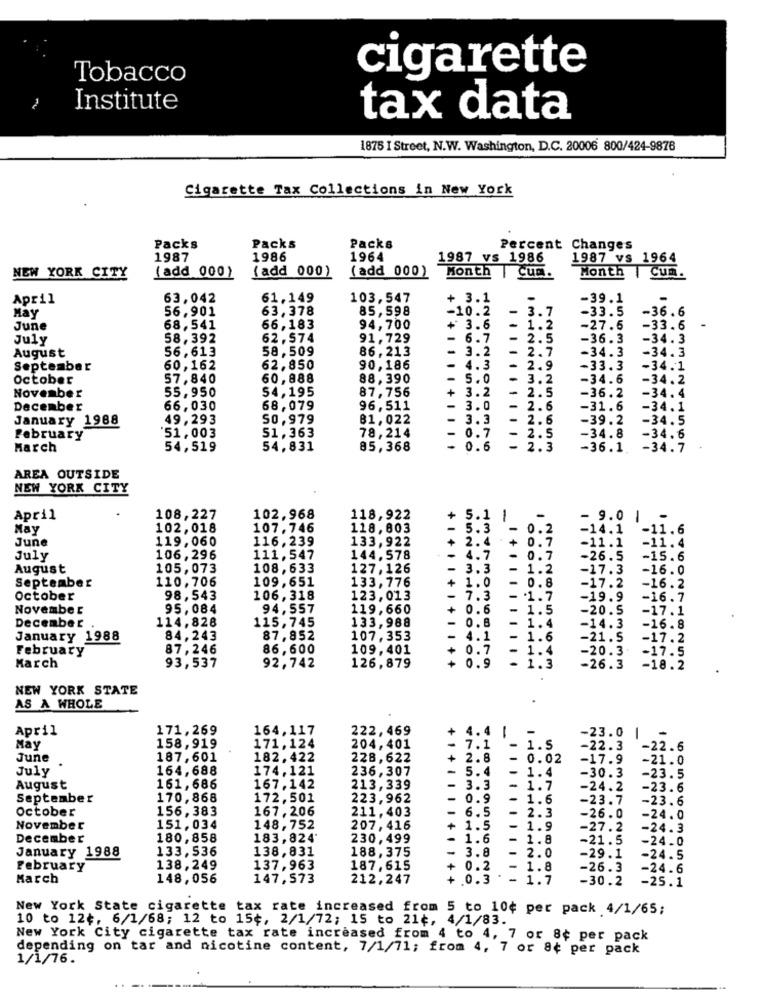
cigarette
Tobacco
Institute
tax data
1875 I Street, N.W. Washington, D.C. 20006 800/424-9876
Cigarette Tax Collections in New York
Packs
Packs
Packs
Percent Changes
1987
1986
1964
1987 vs 1986
1987 vs 1964
(add 000)
(add 000)
NEW YORK CITY
(add 000)
Month
I Cum.
Month | Cum.
April
63,042
61,149
103,547
+ 3.1
-39.1
56.901
63,378
85,598
-10.2
-
3.7
-33.5
-36.6
May
June
68,541
66,183
94,700
+ 3.6
-
1 . 2
-27.6
-33.6
July
58,392
62,574
91,729
. 6.7
-
.. 5
-36.3
-34.3
August
56,613
58,509
86,213
-
3.2
-34.3
-34.3
-
September
60,162
62,850
90,186
-
4.3
2.9
-33.3
-34.1
October
57,840
60,888
88,390
-
5.0
-
1.2
-34.6
-34.2
55,950
54,195
87,756
+
3.2
November
- 2.5
-36.2
-34.4
December
66,030
68,079
96,511
3.0
-
2.6
-31.6
-34.1
January 1988
49,293
50, 979
81,022
3.3
- 2.6
-39.2
-34.5
-34.8
February
51, 003
51,363
78,214
- 0.7
- 2.5
-34.6
March
54,519
54,831
85,368
- 0.6
- 2.3
-36.1
-34.7
AREA OUTSIDE
NEW YORK CITY
April
108,227
102,968
118,922
+
5.1
-
-
- 9.0 |
May
102,018
107.746
118,603
5.3
-
-14.1
-11.6
June
119,060
116, 239
133,922
2.4
+
0.7
-11.1
-11.4
July
106,296
111, 547
144,578
4. 7
- 0.7
-26.5
-15.6
August
105,073
108,633
127,126
3.3
- 1.2
-17.3
-16.0
September
110,706
109,651
133,776
+
1.0
- 0.8
-17.2
-16.2
October
98,543
106,318
123,013
7.3
1.7
-19.9
-16.7
November
95,084
94,557
119,660
0.6
-
1.5
-20.5
-17.1
114,828
115,745
133,988
0.8
- 1.4
-14.3
December .
-16.8
January 1988
84,243
87,852
107,353
- 4.1
1.6
-21.5
-17.2
February
87,246
86,600
109,401
0.7
1.4
-20.3.
-17.5
93,537
92,742
March
126,879
+ 0.9
- 1.3
-26.3
-18.2
NEW YORK STATE
AS A WHOLE
April
171,269
164,117
222,469
+
4.4
-23.0
158,919
171,124
May
204,401
7.1
1.5
-22.3
-22.6
June
187,601
182,422
228,622
+
2.8
0.02
-17.9
-21.0
July
164,688
174,121
236,307
5.4
1.4
-30.3
-23.5
August
161, 686
167, 142
213,339
-
3.3
- 1.7
-24.2
-23.6
September
170,868
172,501
223,962
-
0.9
-
1.6
-23.7
-23.6
October
156,383
167, 206
211,403
-
6.5
2.3
-
-26.0
-24.0
November
151, 034
148, 752
207, 416
+ 1.5
- 1.9
-27.2
-24.3
December
180,858
183,824'
230,499
- 1.6
-
1.8
-21.5
-24.0
January 1988
133,536
138,831
188,375
3.8
2.0
-29.1
-24.5
February
138,249
137,963
187,615
+ 0.2
1.8
-26.3
-24.6
March
148,056
147,573
212,247
+ 0.3
- 1.7
-30.2
-25.1
New York State cigarette tax rate increased from 5 to 10¢ per pack 4/1/65;
10 to 12¢, 6/1/68; 12 to 15¢, 2/1/72; 15 to 21¢, 4/1/83.
New York City cigarette tax rate increased from 4 to 4, 7 or 8¢ per pack
depending on tar and nicotine content, 7/1/71; from 4, 7 or 8¢ per pack
1/1/76.